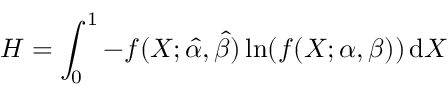
H = \int _ { 0 } ^ { 1 } - f ( X ; { \hat { \alpha } } , { \hat { \beta } } ) \ln ( f ( X ; \alpha , \beta ) ) \, \mathrm { { d } } X